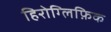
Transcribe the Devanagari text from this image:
हिरोग्लिफ़िक